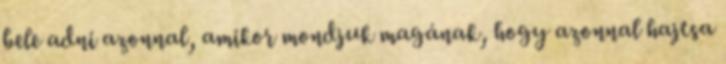
bele adni azonnal, amikor mondjuk magának, hogy azonnal hajtsa